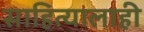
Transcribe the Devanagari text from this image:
साहित्यालाही